画像に写った文字を読んでください
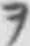
「ヲ」と書いてあります